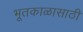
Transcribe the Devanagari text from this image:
भूतकाळासाठी